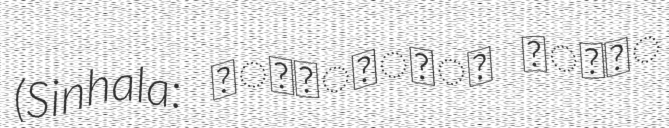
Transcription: (Sinhala: හෙට්ටිගේ දොන්